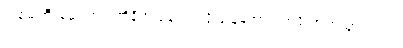
အစ်မကြီးယောက်ျားကိုနီက ချော်လဲလို့ ခြေထောက်အရိုးအက်သွားတယ်။